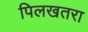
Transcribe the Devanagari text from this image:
पिलखतरा